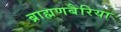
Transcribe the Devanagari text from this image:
ब्राह्मणबैरिया